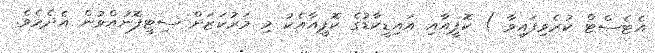
އެޓެސްޓް ކުރެވިފައިވާ ) ކޮޕީއާއި އައިޑީކާޑުގެ ކޮޕީއާއެކު މި މަރުކަޒަށް ސިޓީފޮނުއްވުން އެދެމެވެ.